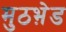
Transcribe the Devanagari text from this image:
मुठभ़ेड